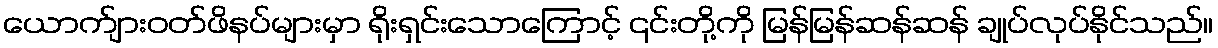
ယောက်ျားဝတ်ဖိနပ်များမှာ ရိုးရှင်းသောကြောင့် ၎င်းတို့ကို မြန်မြန်ဆန်ဆန် ချုပ်လုပ်နိုင်သည်။